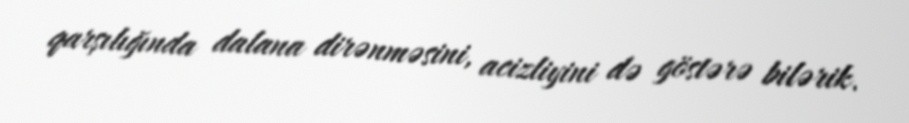
qarşılığında dalana dirənməsini, acizliyini də göstərə bilərik.